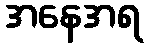
အနေအရ